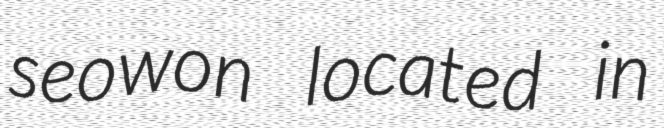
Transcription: seowon located in